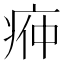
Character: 𭼌